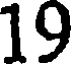
19